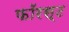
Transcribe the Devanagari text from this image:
फॉरस्ट